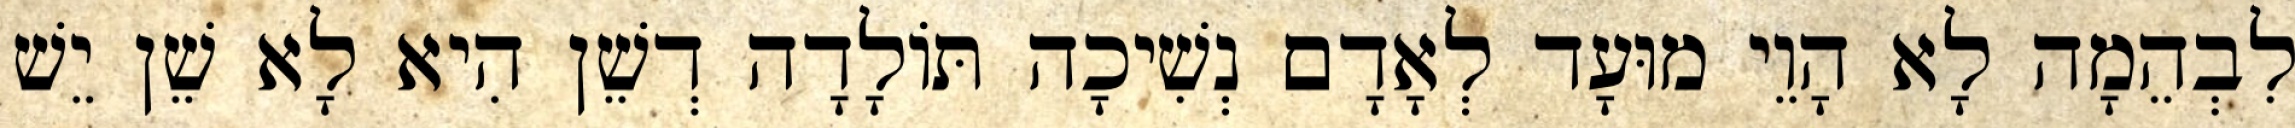
לִבְהֵמָה לָא הָוֵי מוּעָד לְאָדָם נְשִׁיכָה תּוֹלָדָה דְשֵׁן הִיא לָא שֵׁן יֵשׁ